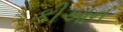
કીઆન